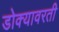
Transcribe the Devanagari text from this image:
डोक्यावरती